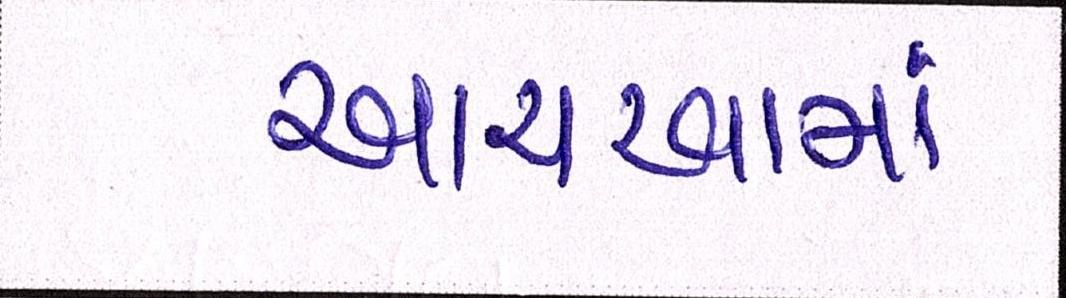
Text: આચરવામાં